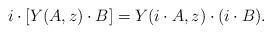
\begin{align*}i \cdot \left[ Y(A,z) \cdot B \right] = Y(i \cdot A,z) \cdot (i \cdot B).\end{align*}